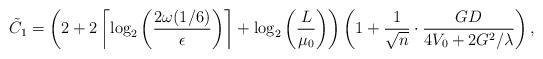
LaTeX: \begin{align*} \tilde C_1 &= \left(2+2\left\lceil\log_2 \bigg( \frac{ 2 \omega(1/6) }{\epsilon}\bigg) \right\rceil + \log_2\left(\frac{L}{\mu_0}\right) \right) \left(1+\frac{1}{\sqrt{n}}\cdot\frac{GD}{4V_0+2G^2/\lambda}\right),\end{align*}